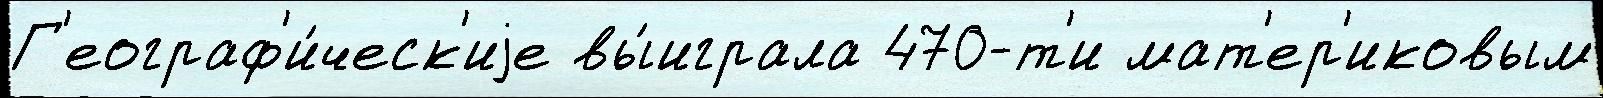
Г'еограф'и́ческ'иjе вы́играла 470-т'и мат'ер'иковым